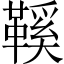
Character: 鞵